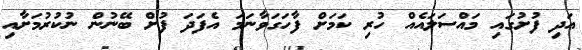
އަދި ފުށުގައި މައްސަލައެއް ހުރި ކަމަށް ފާހަގަވާނަމަ އެފަދަ ފުށް ބޭނުން ނުކުރުމަށާއި